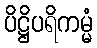
ပိဋ္ဌိပရိကမ္မံ